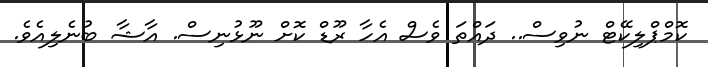
ކޮމްޕްލިކޭޓް ނުވިސް.. ދައްތަ ވެސް އެހާ ރޫޑް ކޮށް ނޫޅުނިސް. އާޝާ ބުނެލިއެވެ.